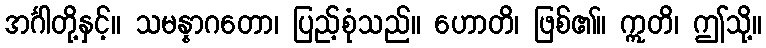
အင်္ဂါတို့နှင့်။ သမန္နာဂတော၊ ပြည့်စုံသည်။ ဟောတိ၊ ဖြစ်၏။ ဣတိ၊ ဤသို့။